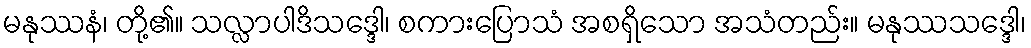
မနုဿနံ၊ တို့၏။ သလ္လာပါဒိသဒ္ဒေါ၊ စကားပြောသံ အစရှိသော အသံတည်း။ မနုဿသဒ္ဒေါ၊